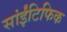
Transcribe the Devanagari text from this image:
सांईंटिफिक